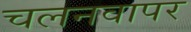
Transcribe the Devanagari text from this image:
चलनवापर